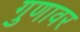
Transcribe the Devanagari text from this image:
गुणावर